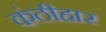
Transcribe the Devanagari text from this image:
कंठीहार